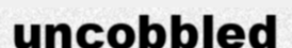
uncobbled